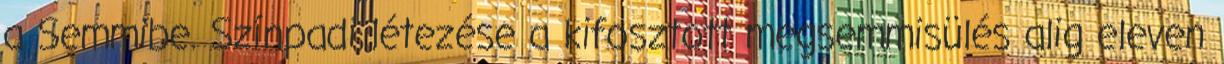
a Semmibe. Színpadi létezése a kifosztott megsemmisülés alig eleven